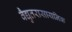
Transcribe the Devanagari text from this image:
वैद्युतरासायनिक